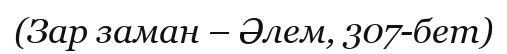
(Зар заман – Әлем, 307-бет)